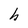
Character: h